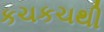
કચકચથી